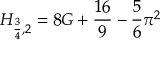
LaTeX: H _ { { \frac { 3 } { 4 } } , 2 } = 8 G + { \frac { 1 6 } { 9 } } - { \frac { 5 } { 6 } } \pi ^ { 2 }